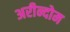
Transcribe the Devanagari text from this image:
अरीन्दोम